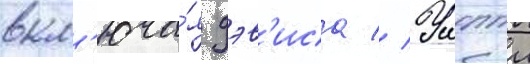
вкл'юча́я дэв'иса // Уиппл